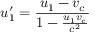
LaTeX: u _ { 1 } ^ { \prime } = { \frac { u _ { 1 } - v _ { c } } { 1 - { \frac { u _ { 1 } v _ { c } } { c ^ { 2 } } } } }